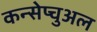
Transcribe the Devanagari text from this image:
कन्सेप्चुअल